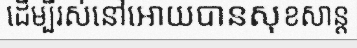
ដើម្បីរស់នៅអោយបានសុខសាន្ត